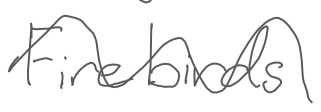
Text: Firebirds
Cross-out: wave
Writing tool: digital_gray